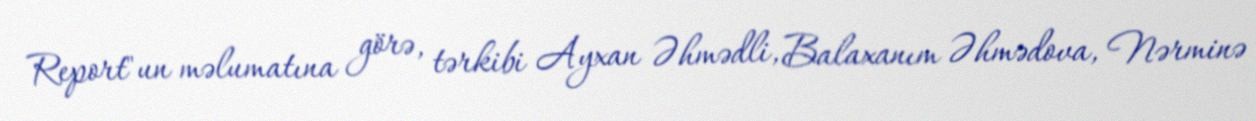
Report"un məlumatına görə, tərkibi Ayxan Əhmədli, Balaxanım Əhmədova, Nərminə